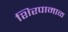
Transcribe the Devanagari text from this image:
शिरपामाळ